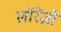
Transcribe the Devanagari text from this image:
लॉरेंज़ो